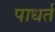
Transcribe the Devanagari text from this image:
पाधर्त